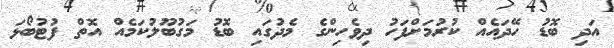
އަދި ބޮޑު ހޭދައެއް ކުރުމަށްފަހު ދިވެހިންގެ މެދުގައި ބޮޑު މަގުބޫލުކަމެއް އޮތް ފުޓުބޯޅަ